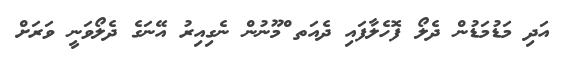
އަދި މަޑުމަޑުން ދެލޯ ފޮހެލާފައި ދެއަތ ްމޫނުން ނެގިއިރު އޭނަގެ ދެލޯވަނީ ވަރަށް